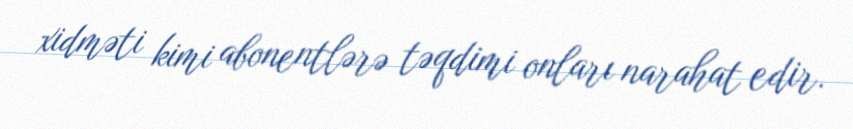
xidməti kimi abonentlərə təqdimi onları narahat edir.